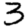
Digit: 3